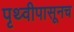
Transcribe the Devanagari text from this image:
पृथ्वीपासूनच